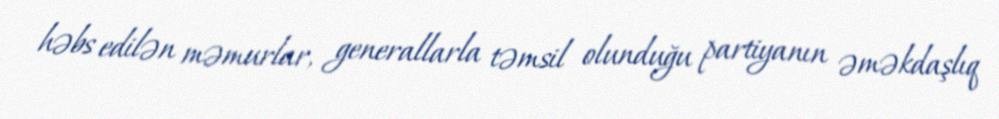
həbs edilən məmurlar, generallarla təmsil olunduğu partiyanın əməkdaşlıq